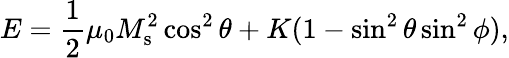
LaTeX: E=\frac{1}{2}\mu_{0}M_{\mathrm{s}}^{2}\cos^{2}\theta+K(1-\sin^{2}\theta\sin^{2}\phi),